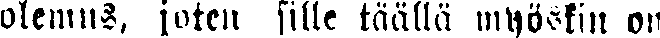
olemus, joten sille täällä myöskin on